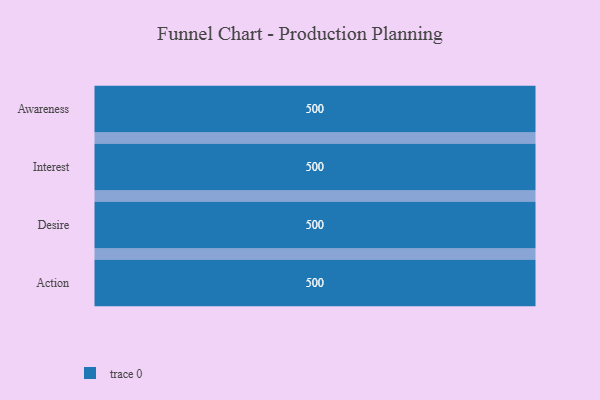
{"axis": {"x": "Stage", "y": "Value"}, "legend": [""], "data": [{"x": "Awareness", "y": 500, "type": ""}, {"x": "Interest", "y": 500, "type": ""}, {"x": "Desire", "y": 500, "type": ""}, {"x": "Action", "y": 500, "type": ""}]}